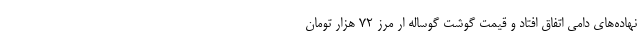
نهاده‌های دامی اتفاق افتاد و قیمت گوشت گوساله ار مرز 72 هزار تومان